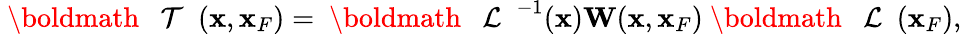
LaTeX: \begin{array}{r}{{{{\mathrm{~\boldmath~{~\cal~T~}~}}}}({\mathbf x},{\mathbf x}_{F})={{{\mathrm{~\boldmath~{~\cal~L~}~}}}}^{-1}({\mathbf x}){\mathbf W}({\mathbf x},{\mathbf x}_{F}){{{{\mathrm{~\boldmath~{~\cal~L~}~}}}}}({\mathbf x}_{F}),}\end{array}